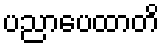
ပညာပေထာတိ